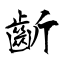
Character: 齗